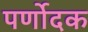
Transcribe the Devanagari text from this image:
पर्णोदक